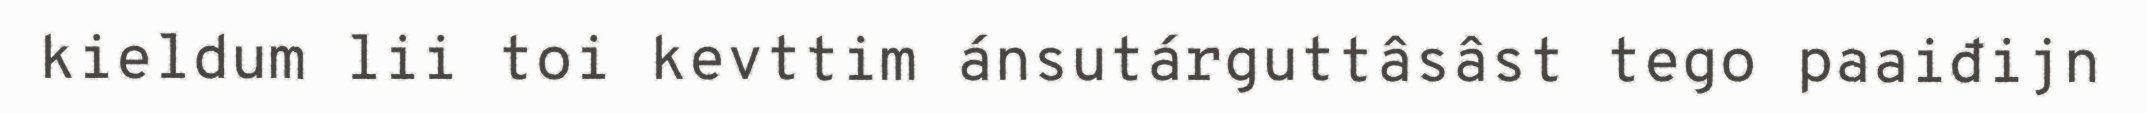
kieldum lii toi kevttim ánsutárguttâsâst tego paaiđijn